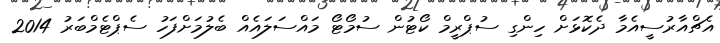
އެޗްއާރުސީއެމާ ދެކޮޅަށް ހިންގި ސުޕްރީމް ކޯޓުން ސުމޯޓޯ މައްސަލައެއް ބެލުމަށްފަހު ސެޕްޓެމްބަރު 2014